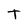
Character: T